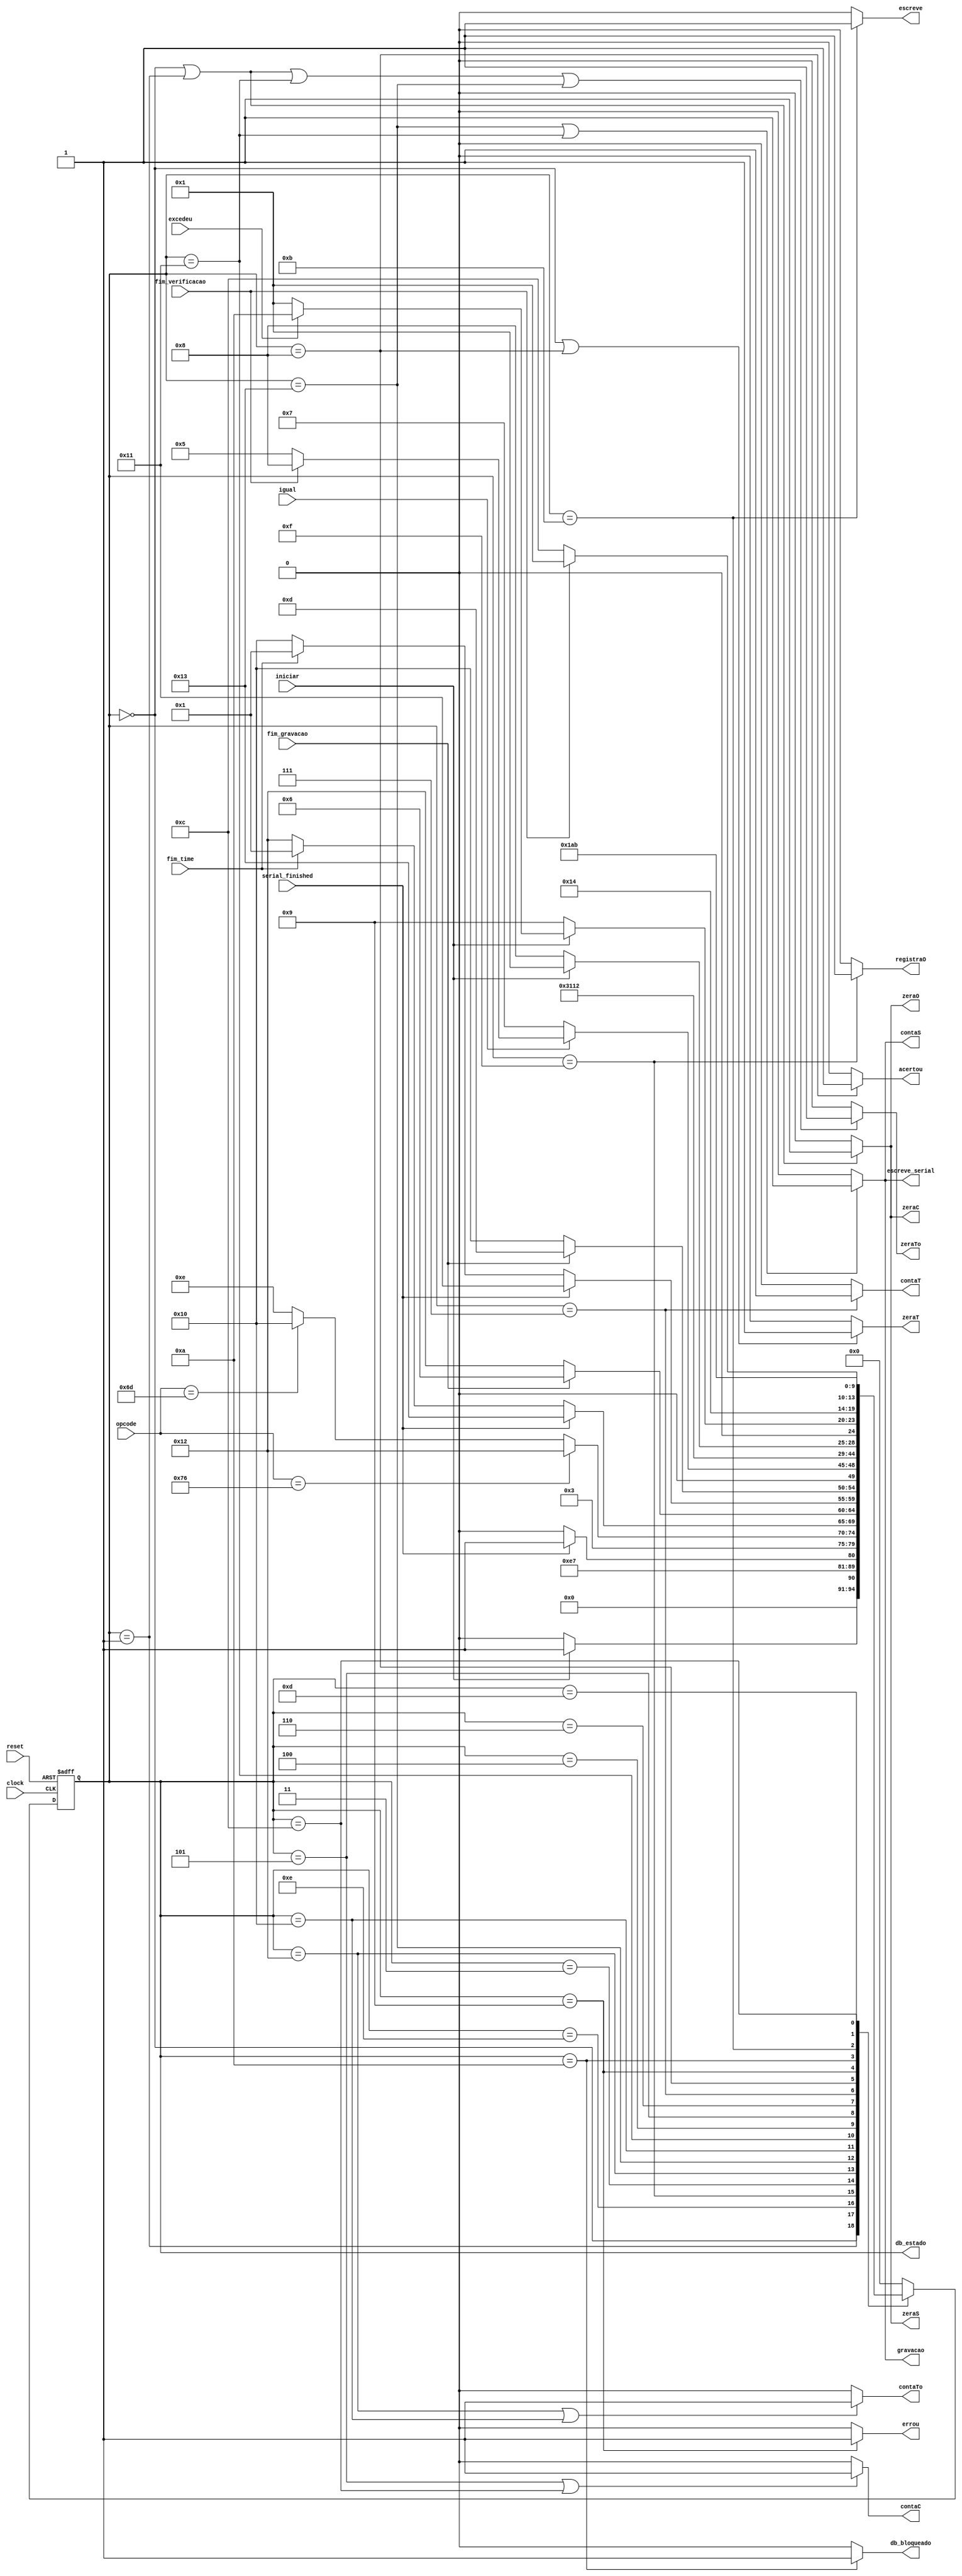
/* -----------------------------------------------------------------
 *  Arquivo   : unidade_controle.v
 *  Projeto   : Polilock
 * -----------------------------------------------------------------
 * Descricao : unidade de controle do Polilock
 * -----------------------------------------------------------------
 * Revisoes  :
 *     Data        Versao  Autor             Descricao
 *     10/03/2024  1.0     Vitor Sasaki      criacao
 * -----------------------------------------------------------------
 */

module unidade_controle (
    input clock,

    input reset,
    input iniciar,

    input serial_finished,
    // sinais FD
    input igual,
    input excedeu,
    input fim_verificacao,
    input fim_gravacao,
    input fim_time,
    input [7:0] opcode, // "v" para verificacao, "m" para modificacao

    // saidas para FD
    output reg contaC,
    output reg contaT,
    output reg contaTo,
    output reg contaS,
    
    output reg zeraC,
    output reg zeraT,
    output reg zeraTo,
    output reg zeraS,

    output reg zeraO,
    output reg registraO,

    output reg escreve,
    output reg escreve_serial,
    output reg gravacao,

    // saidas do circuito
    output reg acertou,
    output reg errou,
    output reg db_bloqueado,
    output reg [4:0] db_estado
);

    // Define estados
    parameter inicial          = 5'b00000;  // 0
    parameter preparacao       = 5'b00001;  // 1
    parameter espera_funcao    = 5'b00010;  // 2
    parameter seleciona_funcao = 5'b00011;  // 3
    parameter comparacao       = 5'b00100;  // 4
    parameter proximo_char     = 5'b00101;  // 5
    parameter espera_mem1      = 5'b00110;  // 6
    parameter conta_tent       = 5'b00111;  // 7
    parameter ganhou           = 5'b01000;  // 8
    parameter perdeu           = 5'b01001;  // 9
    parameter bloqueado        = 5'b01010;  // A
    parameter grava            = 5'b01011;  // B
    parameter proximo_end      = 5'b01100;  // C
    parameter espera_mem2      = 5'b01101;  // D
    parameter espera_serial    = 5'b01110;  // E
    parameter grava_serial     = 5'b01111;  // F
    parameter espera_serial_m  = 5'b10000;  // 10
    parameter grava_serial_m   = 5'b10001;  // 11
    parameter espera_serial_v  = 5'b10010;  // 12
    parameter grava_serial_v   = 5'b10011;  // 13

    // Variaveis de estado
    reg [4:0] Eatual, Eprox;

    // Memoria de estado
    always @(posedge clock or posedge reset) begin
        if (reset)
            Eatual <= inicial;
        else
            Eatual <= Eprox;
    end

    // Logica de proximo estado
    always @* begin
        case (Eatual)
            inicial: Eprox = iniciar ? preparacao : inicial;
            preparacao: Eprox = espera_serial;
            espera_serial: Eprox = serial_finished ? grava_serial : espera_serial;
            grava_serial: Eprox = seleciona_funcao;
            seleciona_funcao: begin
                if (opcode == "v") Eprox = espera_serial_v;
                else if (opcode == "m") Eprox = espera_serial_m;
                else Eprox = espera_serial;
            end
            espera_serial_v: begin
                if (serial_finished) Eprox = grava_serial_v;
                else if (fim_time) Eprox = preparacao;
                else Eprox = espera_serial_v;
            end
            grava_serial_v: Eprox = fim_gravacao ? espera_mem1 : espera_serial_v;
            espera_serial_m: begin
                if (serial_finished) Eprox = grava_serial_m;
                else if (fim_time) Eprox = preparacao;
                else Eprox = espera_serial_m;
            end
            grava_serial_m: Eprox = fim_gravacao ? espera_mem2 : espera_serial_m;
            comparacao: begin
                if (igual == 0) Eprox = conta_tent;
                else if (fim_verificacao) Eprox = ganhou;
                else Eprox = proximo_char;
            end
            proximo_char: Eprox = espera_mem1;
            espera_mem1: Eprox = comparacao;
            conta_tent: Eprox = perdeu;
            ganhou: Eprox = iniciar ? preparacao : ganhou;
            perdeu: begin
                if (iniciar == 0) Eprox = perdeu;
                else if (excedeu) Eprox = bloqueado;
                else Eprox = preparacao;
            end
            bloqueado: Eprox = bloqueado;
            grava: Eprox = fim_verificacao ? preparacao: proximo_end;
            proximo_end: Eprox = espera_mem2;
            espera_mem2: Eprox = grava;
            default:     Eprox = inicial;
        endcase
    end

    // Logica de saida (maquina Moore)
    always @* begin
        zeraC = (Eatual == inicial || Eatual == preparacao) ? 1'b1 : 1'b0;
        zeraT = (Eatual == inicial || Eatual == ganhou) ? 1'b1: 1'b0;
        zeraS = (Eatual == inicial || Eatual == preparacao) ? 1'b1 : 1'b0;
        zeraTo = (Eatual == inicial || Eatual == preparacao || Eatual == grava_serial_m || Eatual == grava_serial_v) ? 1'b1 : 1'b0;

        contaC = (Eatual == proximo_char || Eatual == proximo_end) ? 1'b1 : 1'b0;
        contaT = (Eatual == conta_tent) ? 1'b1 : 1'b0;
        contaS = (Eatual == grava_serial_v || Eatual == grava_serial_m) ? 1'b1 : 1'b0;
        contaTo = (Eatual == espera_serial_v || Eatual == espera_serial_m) ? 1'b1 : 1'b0;

        escreve = (Eatual == grava) ? 1'b1 : 1'b0;
        escreve_serial = (Eatual == grava_serial_v || Eatual == grava_serial_m) ? 1'b1 : 1'b0;
        gravacao = (Eatual == grava_serial_v || Eatual == grava_serial_m) ? 1'b1 : 1'b0;

        registraO = (Eatual == grava_serial) ? 1'b1 : 1'b0;
        zeraO = (Eatual == inicial || Eatual == preparacao) ? 1'b1 : 1'b0;

        acertou = (Eatual == ganhou) ? 1'b1 : 1'b0;
        errou = (Eatual == perdeu) ? 1'b1 : 1'b0;
        db_bloqueado = (Eatual == bloqueado) ? 1'b1 : 1'b0;

        db_estado = Eatual;
    end

endmodule